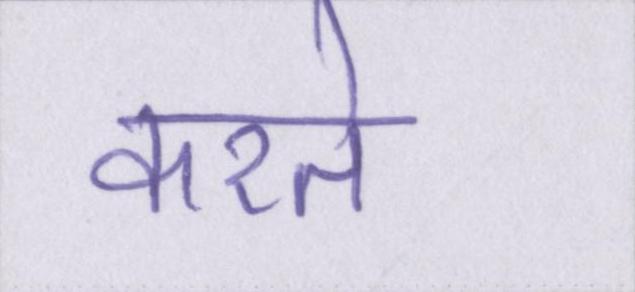
करते